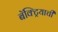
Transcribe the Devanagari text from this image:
बॅक्ट्रियाची